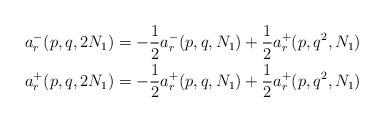
LaTeX: \begin{align*} a_r^-(p,q,2N_1) &= -\frac{1}{2} a_r^-(p,q,N_1) +\frac{1}{2} a_r^+(p,q^2,N_1) \\ a_r^+(p,q,2N_1) &= -\frac{1}{2} a_r^+(p,q,N_1) +\frac{1}{2} a_r^+(p,q^2,N_1) \end{align*}